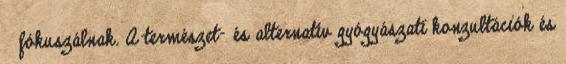
 fókuszálnak. A természet- és alternatív gyógyászati konzultációk és